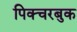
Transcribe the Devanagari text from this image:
पिक्चरबुक